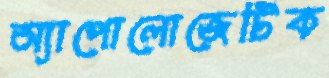
অ্যাপোলোজেটিক